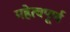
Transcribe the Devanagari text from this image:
महेत्वपूर्ण